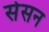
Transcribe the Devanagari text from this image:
सेसन